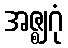
အဇ္ဈဂုံ